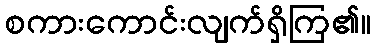
စကားကောင်းလျက်ရှိကြ၏။